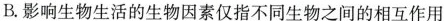
B.影响生物生活的生物因素仅指不同生物之间的相互作用